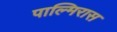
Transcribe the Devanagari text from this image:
पाल्मिरास